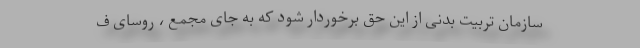
سازمان تربیت بدنی از این حق برخوردار شود که به جای مجمع ، روسای ف